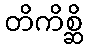
တိကိစ္ဆိ